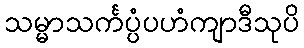
သမ္မာသင်္ကပ္ပံပဟံကျာဒီသုပိ